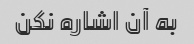
به آن اشاره نکن